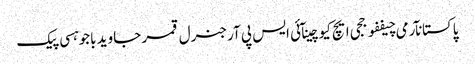
پاکستانآرمی چیففوججی ایچ کیوچینآئی ایس پی آرجنرل قمر جاوید باجوہسی پیک